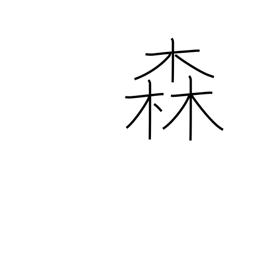
Meaning: woods